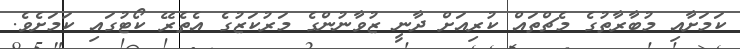
ކަމަށާއި މުބާރާތުގެ މެޗްތައް ކުރިއަށް ދާނީ ޒުވާނުންގެ މަރުކަޒުގެ އެތެރޭ ކޯޓުގައި ކަމަށެވެ.